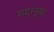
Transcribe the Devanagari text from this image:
गदानुमा